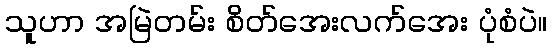
သူဟာ အမြဲတမ်း စိတ်အေးလက်အေး ပုံစံပဲ။